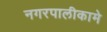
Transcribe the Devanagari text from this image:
नगरपालीकामे